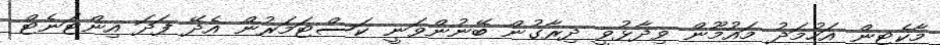
މާކެޓިން އަހުމަދު މައުމޫން ވިދާޅުވީ ދިރާގުން ބޭނުންވަނީ ކަސްޓަމަރުން އެދޭ ފަދަ އިންޓަނެޓް